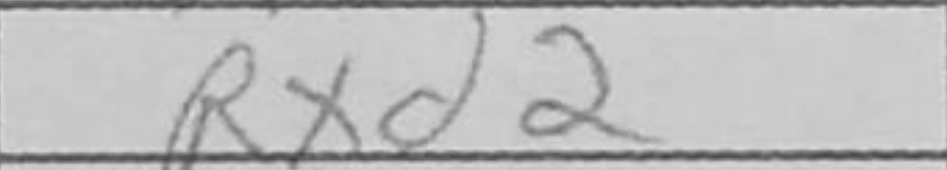
Transcription: Rxd2